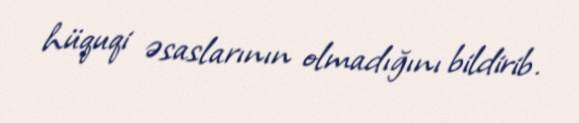
hüquqi əsaslarının olmadığını bildirib.